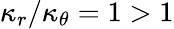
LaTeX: \kappa_{r}/\kappa_{\theta}=1>1